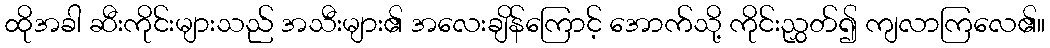
ထိုအခါ ဆီးကိုင်းများသည် အသီးများ၏ အလေးချိန်ကြောင့် အောက်သို့ ကိုင်းညွှတ်၍ ကျလာကြလေ၏။